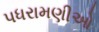
પધરામણીઓ